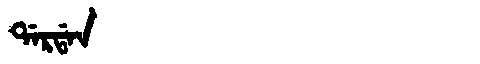
Manchu: ᡩᠠᡵᡩᠠᠨ
Romanization: DARDAN